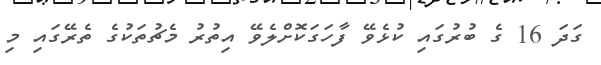
ގަދަ 16 ގެ ބުރުގައި ކުޅެވޭ ފާހަގަކޮށްލެވޭ އިތުރު މެޗުތަކުގެ ތެރޭގައި މި